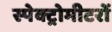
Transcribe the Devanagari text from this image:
स्पेक्ट्रोमीटरों